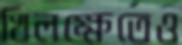
খিলক্ষেতেও